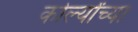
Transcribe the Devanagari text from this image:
कोर्ल्यांच्या